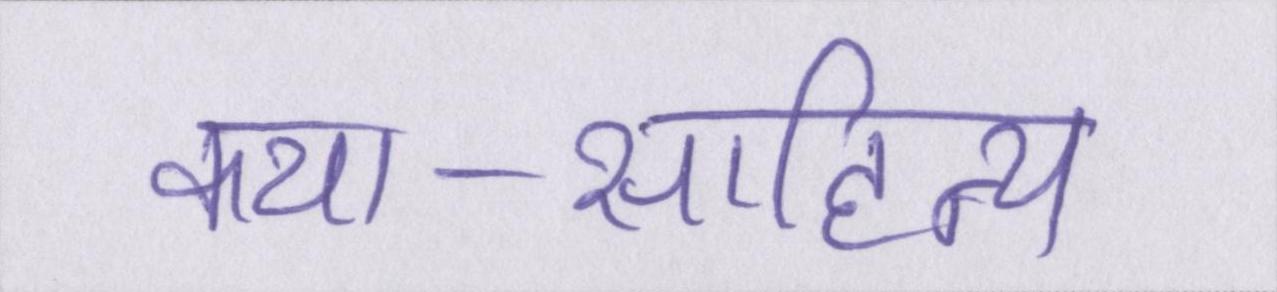
कथा-साहित्य